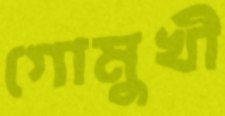
গোমুখী